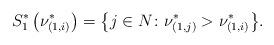
LaTeX: \begin{align*}S_1^*\left(\nu_{(1, i)}^*\right) = \big\{j \in N\colon \nu_{(1, j)}^* > \nu_{(1, i)}^*\big\}.\end{align*}